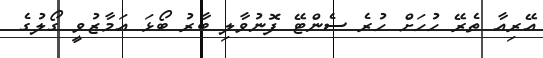
އޭރިއާ ތެރޭ ހުހަށް ހުރެ ސެންޓޭ ފޮނުވާލި ބާރު ބޯޅަ އަމާޒުވީ ގޯލުގެ